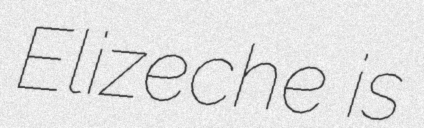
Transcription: Elizeche is